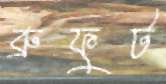
ব্রুফুট